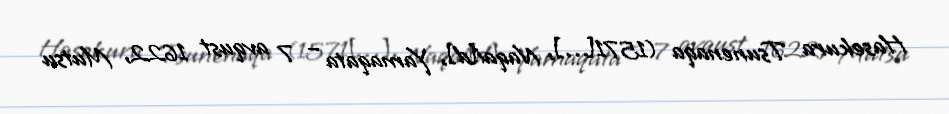
Hasekura Tsunenaqa (1571[…], Naqai[d], Yamaqata – 7 avqust 1622, Mutsu